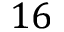
1 6